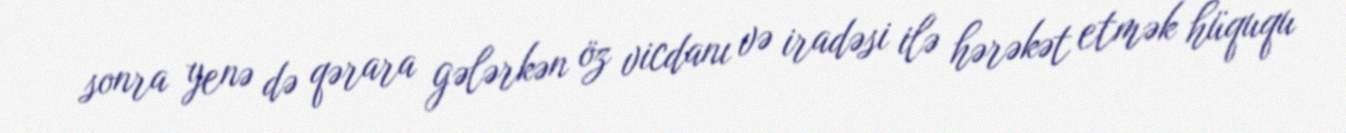
sonra yenə də qərara gələrkən öz vicdanı və iradəsi ilə hərəkət etmək hüququ